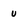
Character: u